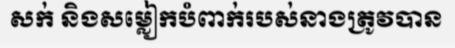
សក់ និងសម្លៀកបំពាក់របស់នាងត្រូវបាន